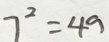
7 ^ { 2 } = 4 9